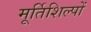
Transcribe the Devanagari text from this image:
मूर्तिशिल्पों